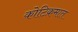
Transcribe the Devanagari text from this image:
कोटिक्रमात